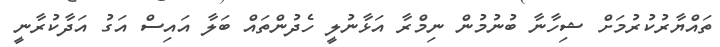
ތައްޔާރުކުރުމަށް ޝިހާނާ ބުނުމުން ނިމްރާ އަޅާނުލީ ހެދުންތައް ބަލާ އައިސް އަގު އަދާކުރާނީ